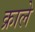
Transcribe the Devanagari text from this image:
क्राले